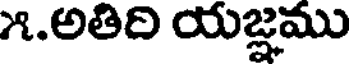
౫.అతిది యజ్ఞము